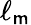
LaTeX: \ell_{\mathsf{m}}